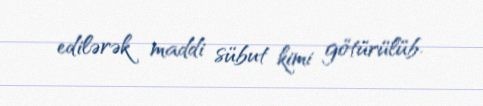
edilərək maddi sübut kimi götürülüb.